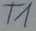
Text: T1